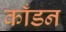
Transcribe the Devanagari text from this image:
काँडन